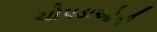
ચોપડાઓની